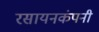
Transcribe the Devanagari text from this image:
रसायनकंपनी